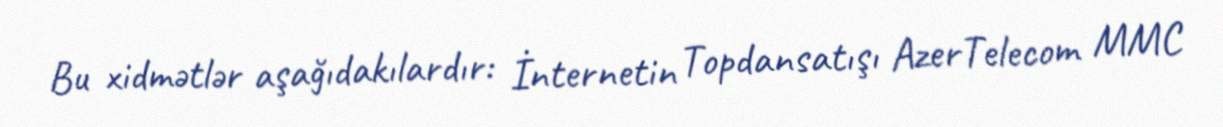
Bu xidmətlər aşağıdakılardır: İnternetin Topdansatışı AzerTelecom MMC